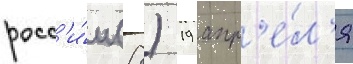
росс'и́и (8) 19 апр'е́л'я